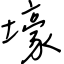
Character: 壕